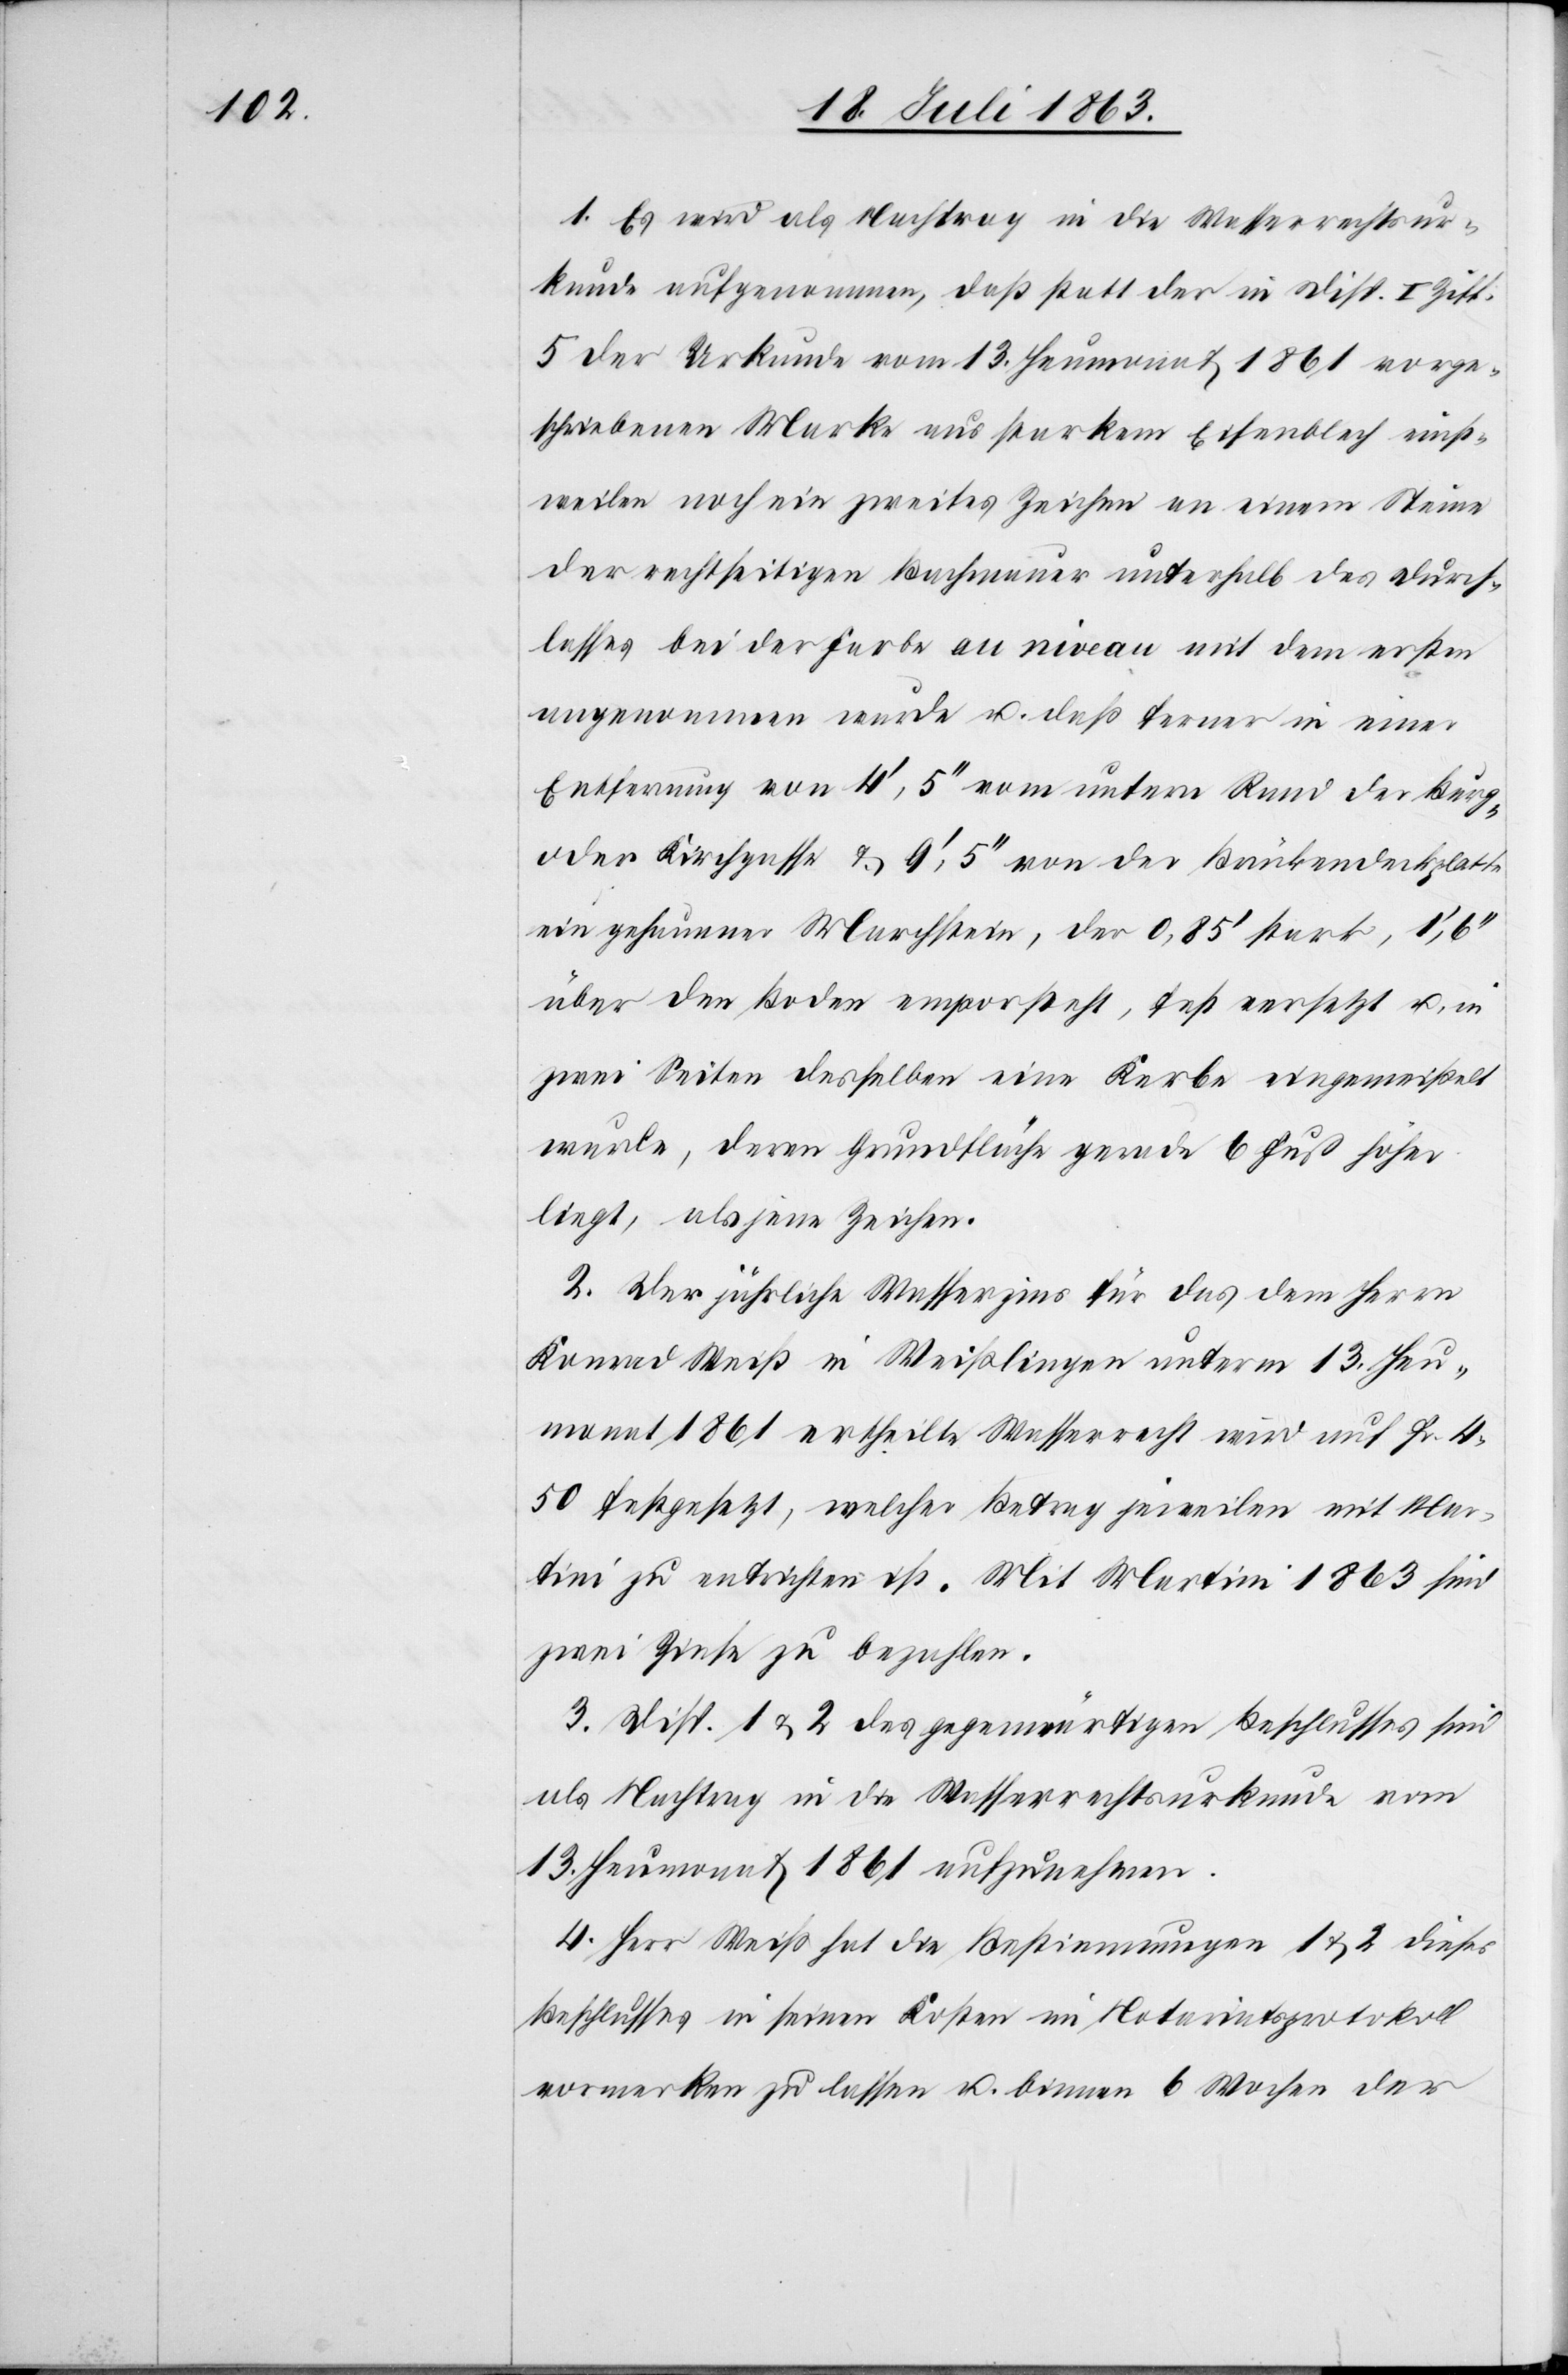
1. Es wird als Nachtrag in die Wasserrechtsur¬
kunde aufgenommen, daß statt der in Disp. I Ziff.
5 der Urkunde vom 13. Heumonat 1861 vorge¬
schriebenen Marke aus starkem Eisenblech einst¬
weilen noch ein zweites Zeichen an einem Steine
der rechtseitigen Bachmauer unterhalb des Durch¬
lasses bei der Farbe au niveau mit dem ersten
angenommen wurde u. daß ferner in einer
ein gehauener Marchstein, der 0,85' stark, 1',
über den Boden emporsteht, fest versetzt u. in
zwei Seiten desselben eine Kerbe eingemeißelt
wurde, deren Grundfläche gerade 6 Fuß höher
liegt, als jene Zeichen.
2. Der jährliche Wasserzins für das dem Herrn
Konrad Weiß in Weißlingen unterm 13. Heu¬
monat 1861 ertheilte Wasserrecht wird auf Fr. 4.
50 festgesetzt, welcher Betrag jeweilen mit Mar¬
tini zu entrichten ist. Mit Martini 1863 sind
zwei Zinse zu bezahlen.
3. Disp. 1 & 2 des gegenwärtigen Beschlusses sind
als Nachtrag in die Wasserrechtsurkunde vom
13. Heumonat 1861 aufzunehmen.
4. Herr Weiß hat die Bestimmungen 1 & 2 dieses
Beschlusses in seinen Kosten im Notariatsprotokoll
vormerken zu lassen u. binnen 6 Wochen der